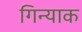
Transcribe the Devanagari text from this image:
गिन्याक